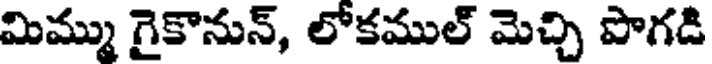
మిమ్ము గైకొనున్, లోకముల్ మెచ్చి పొగడి